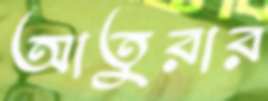
আতুরার